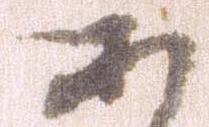
あ